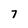
Character: 7